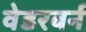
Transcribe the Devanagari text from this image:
वेडरबर्न